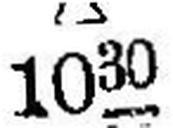
1030